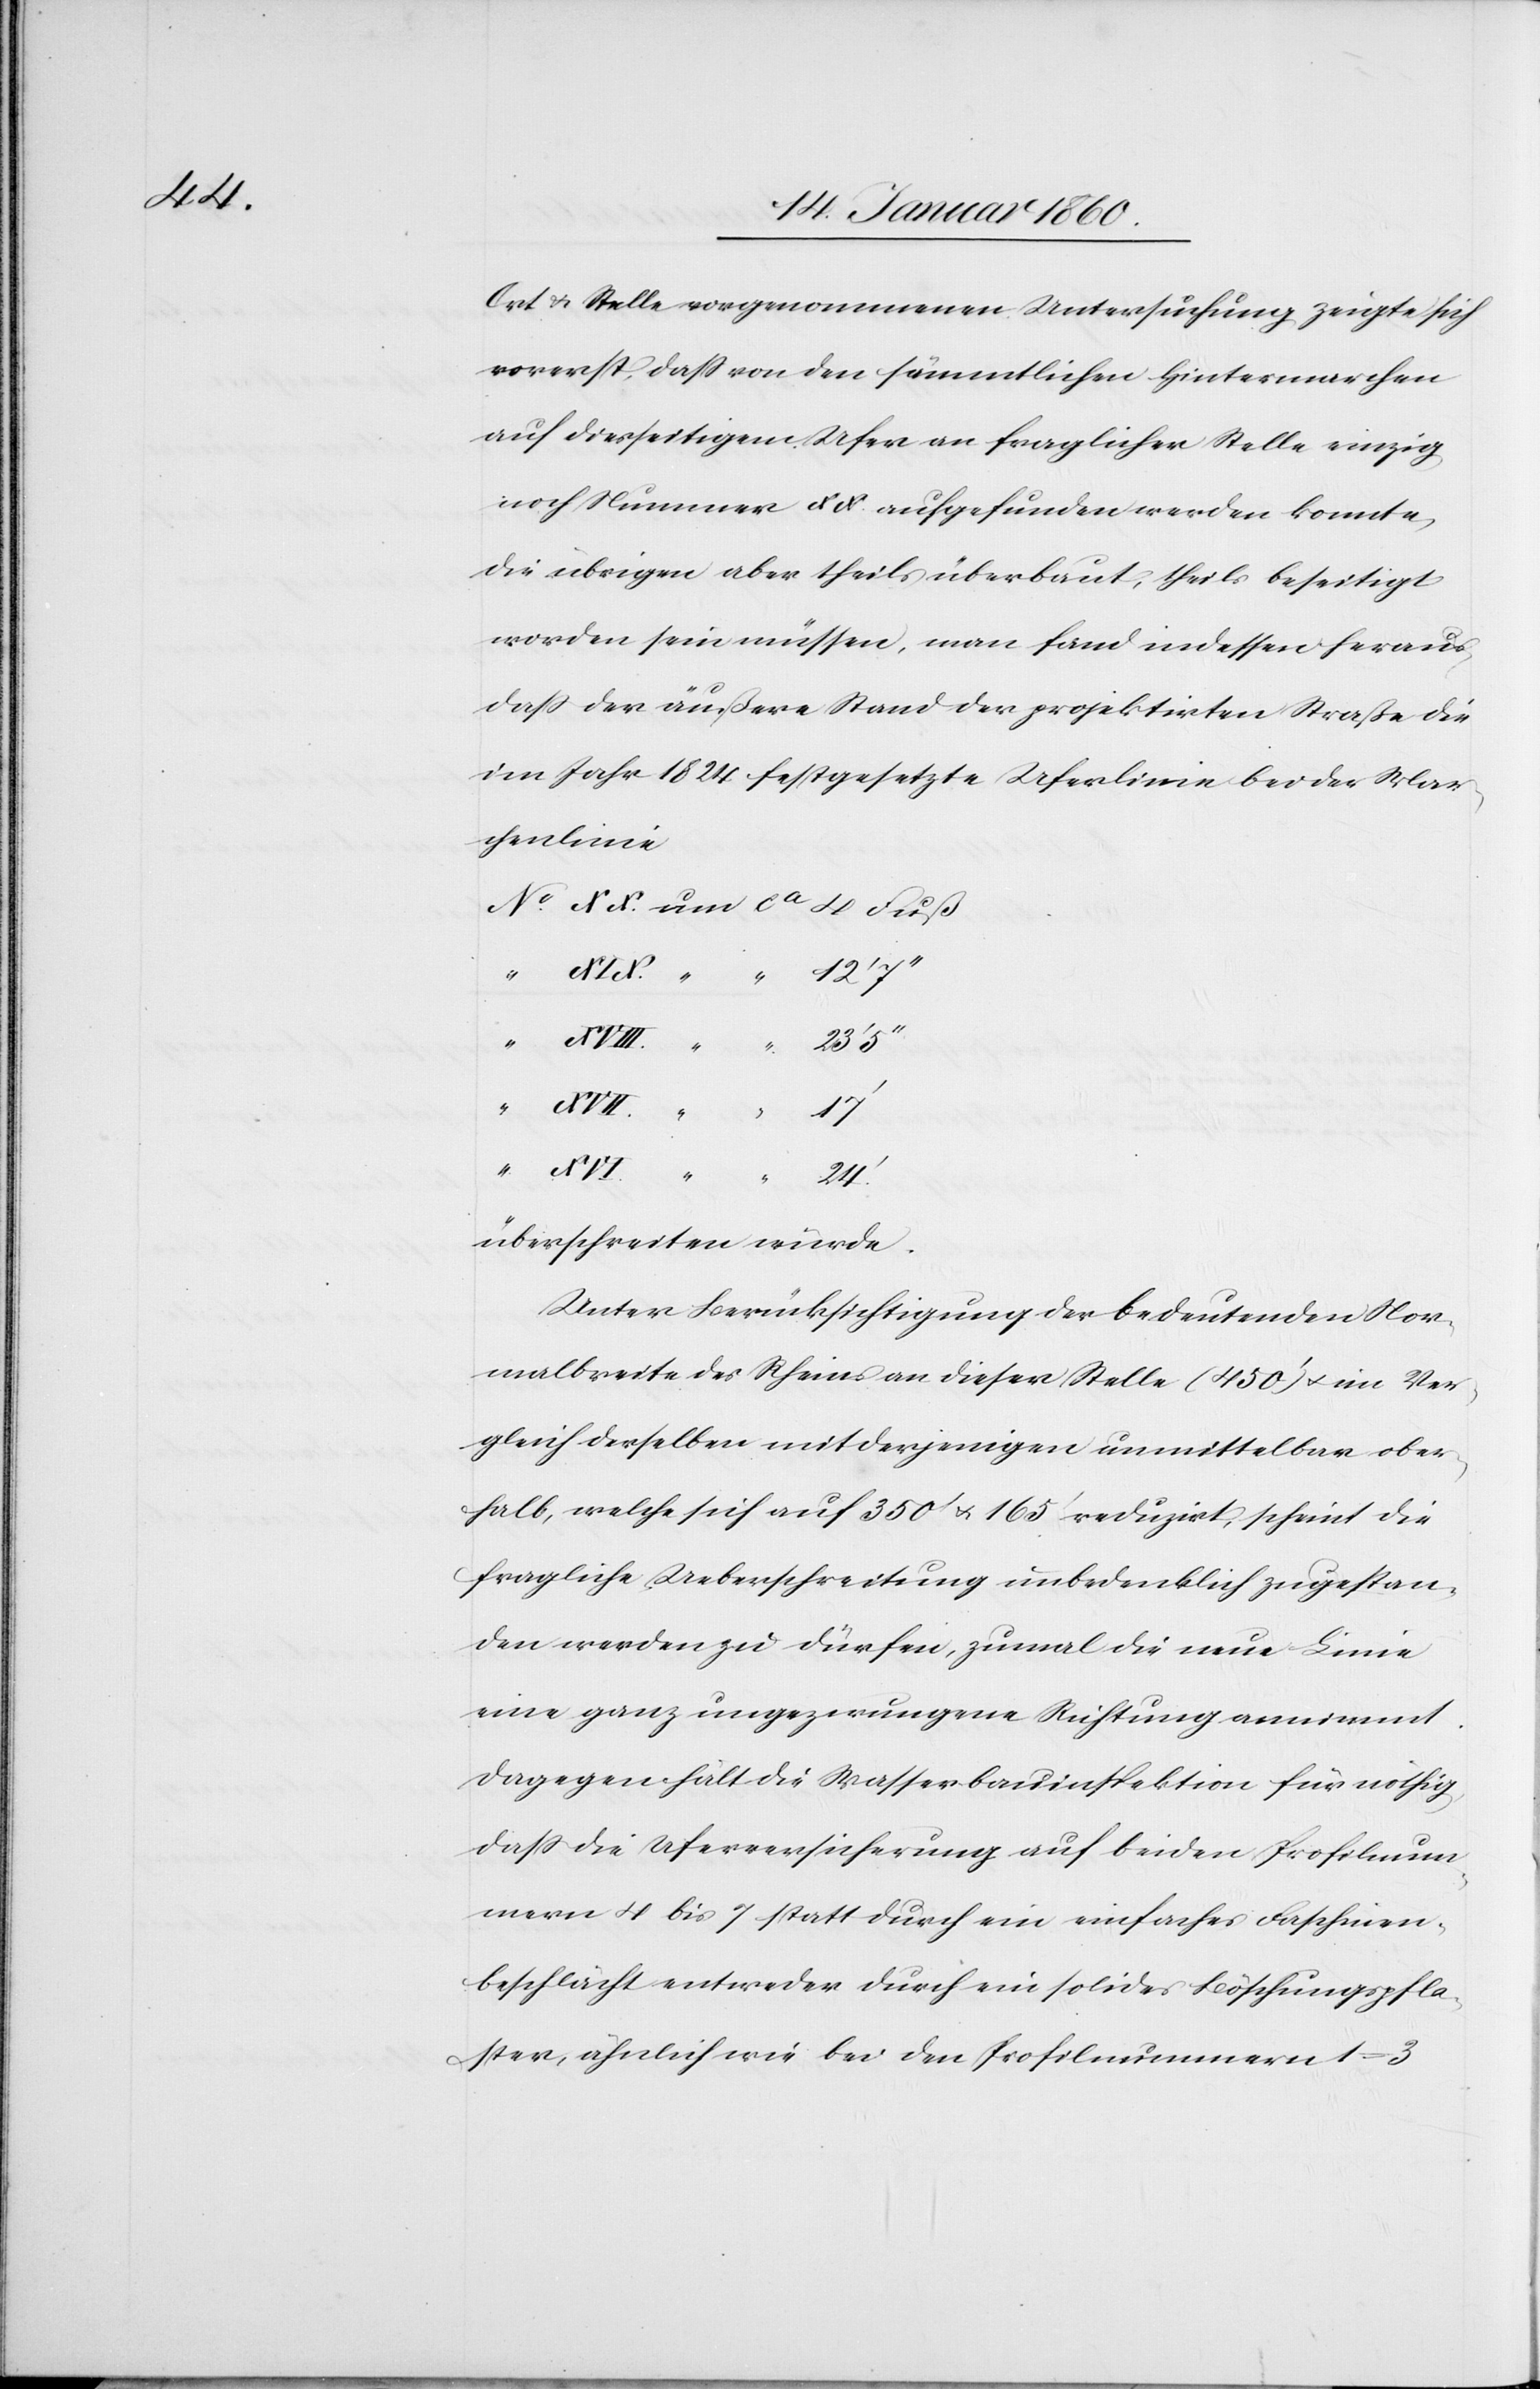
Ort u. Stelle vorgenommenen Untersuchung zeigte sich
vorerst, daß von den sämmtlichen Hintermarchen
auf diesseitigem Ufer an fraglicher Stelle einzig
noch Nummer XX. aufgefunden werden konnte,
die übrigen aber theils überbaut, theils beseitigt
worden sein müssen, man fand indessen heraus,
da der äussere Stand der projektirten Strasse die
im Jahr 1824 festgesetzte Uferlinie bei der Mar¬
chenlinie
23’ 5
24’
überschreiten würde.
Unter Berücksichtigung der bedeutenden Nor¬
malbreite des Rheins an dieser Stelle (450’) u. im Ver¬
gleich derselben mit derjenigen unmittelbar ober¬
halb, welche sich auf 350’ u. 165’ reduzirt, scheint die
fragliche Ueberschreitung unbedenklich zugestan¬
den werden zu dürfen, zumal die neue Linie
eine ganz ungezwungene Richtung annimmt.
Dagegen hält die Wasserbauinspektion für nöthig,
da die Uferversicherung auf beiden Profilnum¬
mern 4 bis 7 statt durch ein einfacher Faschinen¬
beschlächt entweder durch ein solides Büschungspfla¬
ster, ähnlich wie dabei den Profilnummern 1–3